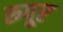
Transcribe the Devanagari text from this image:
रुपूर